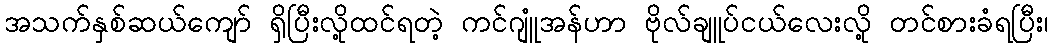
အသက်နှစ်ဆယ်ကျော် ရှိပြီးလို့ထင်ရတဲ့ ကင်ဂျူံအန်ဟာ ဗိုလ်ချူပ်ငယ်လေးလို့ တင်စားခံရပြီး၊